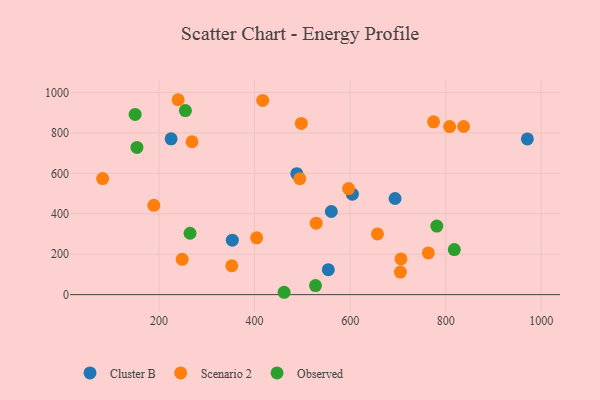
{"axis": {"x": "Speed", "y": "Demand"}, "legend": ["Cluster B", "Observed", "Scenario 2"], "data": [{"x": "604.7", "y": 497.1, "type": "Cluster B"}, {"x": "353.4", "y": 269.6, "type": "Cluster B"}, {"x": "554.3", "y": 123.4, "type": "Cluster B"}, {"x": "694.0", "y": 475.4, "type": "Cluster B"}, {"x": "488.4", "y": 598.3, "type": "Cluster B"}, {"x": "225.3", "y": 770.7, "type": "Cluster B"}, {"x": "560.6", "y": 411.2, "type": "Cluster B"}, {"x": "970.9", "y": 770.3, "type": "Cluster B"}, {"x": "352.3", "y": 142.9, "type": "Scenario 2"}, {"x": "706.4", "y": 176.6, "type": "Scenario 2"}, {"x": "82.0", "y": 574.2, "type": "Scenario 2"}, {"x": "528.9", "y": 353.3, "type": "Scenario 2"}, {"x": "494.6", "y": 573.5, "type": "Scenario 2"}, {"x": "240.1", "y": 964.0, "type": "Scenario 2"}, {"x": "404.3", "y": 281.2, "type": "Scenario 2"}, {"x": "189.1", "y": 441.9, "type": "Scenario 2"}, {"x": "269.1", "y": 756.2, "type": "Scenario 2"}, {"x": "497.8", "y": 847.0, "type": "Scenario 2"}, {"x": "774.6", "y": 854.9, "type": "Scenario 2"}, {"x": "657.2", "y": 300.1, "type": "Scenario 2"}, {"x": "705.2", "y": 111.6, "type": "Scenario 2"}, {"x": "596.7", "y": 524.7, "type": "Scenario 2"}, {"x": "763.6", "y": 206.4, "type": "Scenario 2"}, {"x": "808.2", "y": 831.2, "type": "Scenario 2"}, {"x": "248.5", "y": 174.5, "type": "Scenario 2"}, {"x": "837.4", "y": 831.7, "type": "Scenario 2"}, {"x": "417.0", "y": 960.3, "type": "Scenario 2"}, {"x": "461.8", "y": 11.7, "type": "Observed"}, {"x": "818.0", "y": 223.1, "type": "Observed"}, {"x": "527.5", "y": 44.6, "type": "Observed"}, {"x": "150.0", "y": 891.4, "type": "Observed"}, {"x": "255.2", "y": 910.5, "type": "Observed"}, {"x": "153.8", "y": 728.2, "type": "Observed"}, {"x": "264.9", "y": 303.7, "type": "Observed"}, {"x": "781.4", "y": 339.3, "type": "Observed"}]}